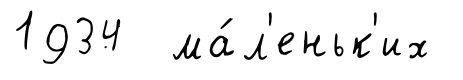
1934 ма́л'еньк'их